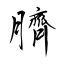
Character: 臍